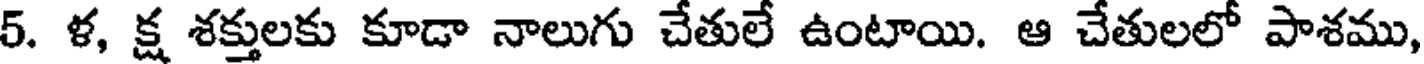
5. ళ, క్ష శక్తులకు కూడా నాలుగు చేతులే ఉంటాయి. ఆ చేతులలో పాశము,